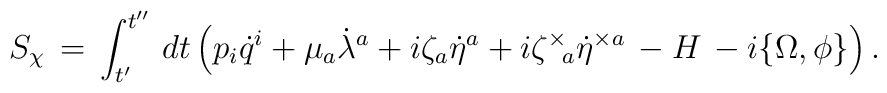
S_{\chi}\,=\,\int_{t^{\prime}}^{t^{\prime\prime}}\,dt\left(p_i\dot{q}^i+\mu_a\dot{\lambda}^a+i\zeta_a\dot{\eta}^a+i\zeta^{\times}{\!}_a\dot{\eta}^{\times a}\,-H\,-i\{\Omega,\phi\}\right).